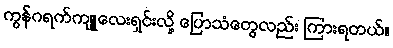
ကွန်ဂရက်ကျူလေးရှင်းလို့ ပြောသံတွေလည်း ကြားရတယ်။